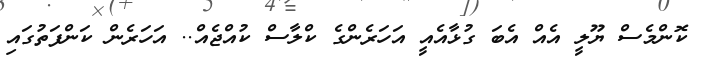
ކޮންމެސް ޔޫލީ އެއް އެބަ ގުޅާއެއީ އަހަރެންގެ ކްލާސް ކުއްޖެއް.. އަހަރެން ކަންފަތުގައި